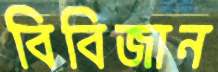
বিবিজান